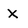
Character: X